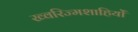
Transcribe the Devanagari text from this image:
ख्वरिज्मशाहियों